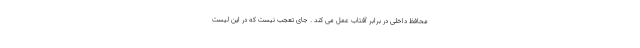
محافظ داخلی در برابر آفتاب عمل می کند . جای تعجب نیست که در این لیست